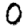
Digit: 0